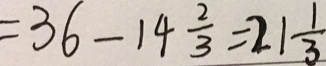
= 3 6 - 1 4 \frac { 2 } { 3 } = 2 1 \frac { 1 } { 3 }